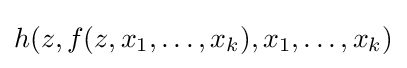
h(z,f(z,x_{1},\ldots ,x_{k}),x_{1},\ldots ,x_{k})